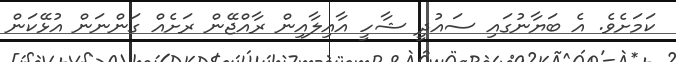
ކަމަށެވެ. އެ ބަޔާނުގައި ސައުދީ ޝާހީ އާއިލާއިން ރާއްޖޭން ރަށެއް ގަންނަން އުޅޭކަން